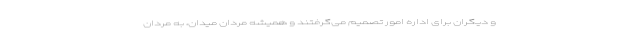
و دیگران برای اداره امور تصمیم می‌گرفتند و همیشه مردان میدان، به مردان